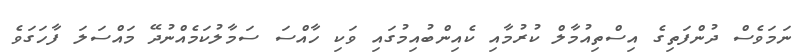
ނަމަވެސް ދުންފަތިގެ އިސްތިއުމާލް ކުރުމާއި ކެއިންބުއިމުގައި ވަކި ހާއްސަ ސަމާލުކަމެއްނުދޭ މައްސަލަ ފާހަގަވެ